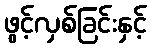
ဖွင့်လှစ်ခြင်းနှင့်